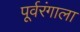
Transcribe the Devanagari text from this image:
पूर्वरंगाला